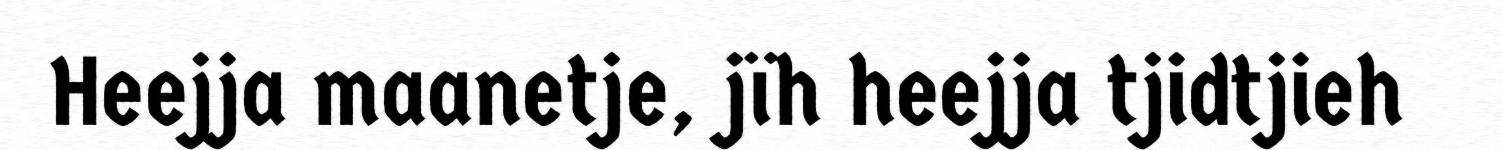
Heejja maanetje, jïh heejja tjidtjieh